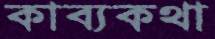
কাব্যকথা